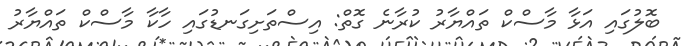
ބޮލުގައި އަޅާ މާސްކް ތައްޔާރު ކުރާނެ ގޮތް: އިސްތަށިގަނޑުގައި ހާކާ މާސްކް ތައްޔާރު